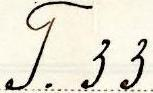
T. 33